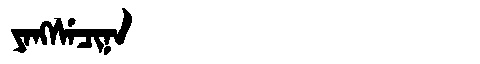
Manchu: ᠶᠠᠩᠰᡝᠴᡳᠨᠠ
Romanization: YANGSECINA